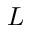
L